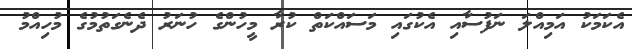
އެކަމަކު އަމިއްލަ ނަފުސާއި އެކުގައި މަސައްކަތް ކުރާ މީހުންގެ ހުނަރު ދެނެގަތުމުގެ މުހިއްމު